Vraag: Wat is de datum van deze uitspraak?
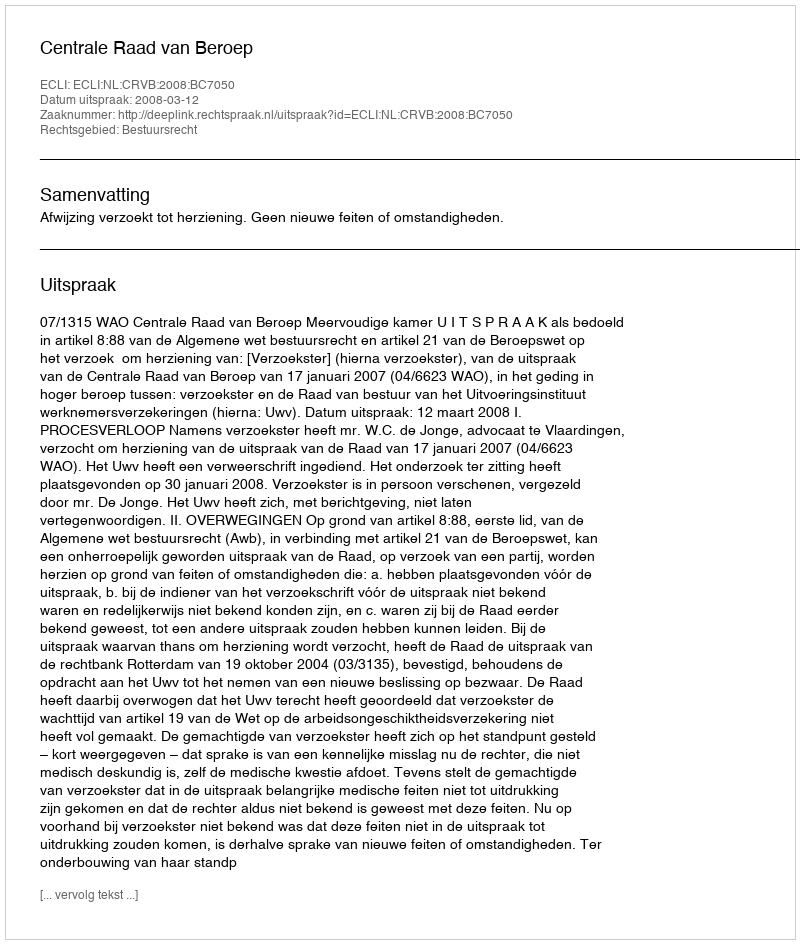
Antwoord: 2008-03-12